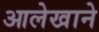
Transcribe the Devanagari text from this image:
आलेखाने